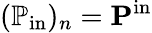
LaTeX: (\mathbb{P}_{\mathrm{in}})_{n}=\mathbf{P}^{\mathrm{in}}